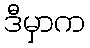
ဒီမှာက